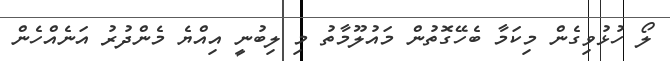
ލޯ ހުޅުވިގެން މިކަމާ ބެހޭގޮތުން މައުލޫމާތު މި ލިބުނީ އިއްޔެ މެންދުރު އަނެއްހެން